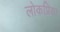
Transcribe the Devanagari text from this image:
लोकप्रिय।